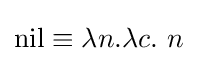
\operatorname {nil} \equiv \lambda n.\lambda c.\ n